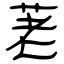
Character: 荖